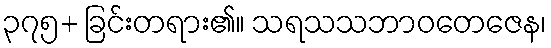
၃၇၅+ ခြင်းတရား၏။ သရသသဘာဝတေဇေန၊